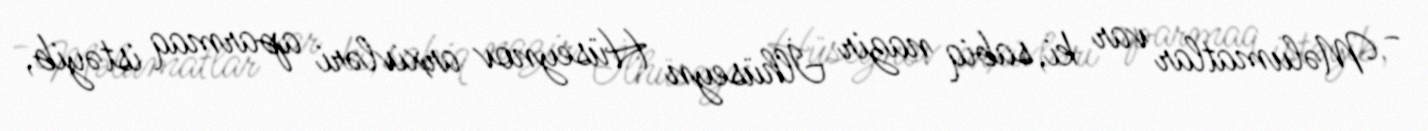
- Məlumatlar var ki, sabiq nazir İlhüseyn Hüseynov arxivləri aparmaq istəyib,